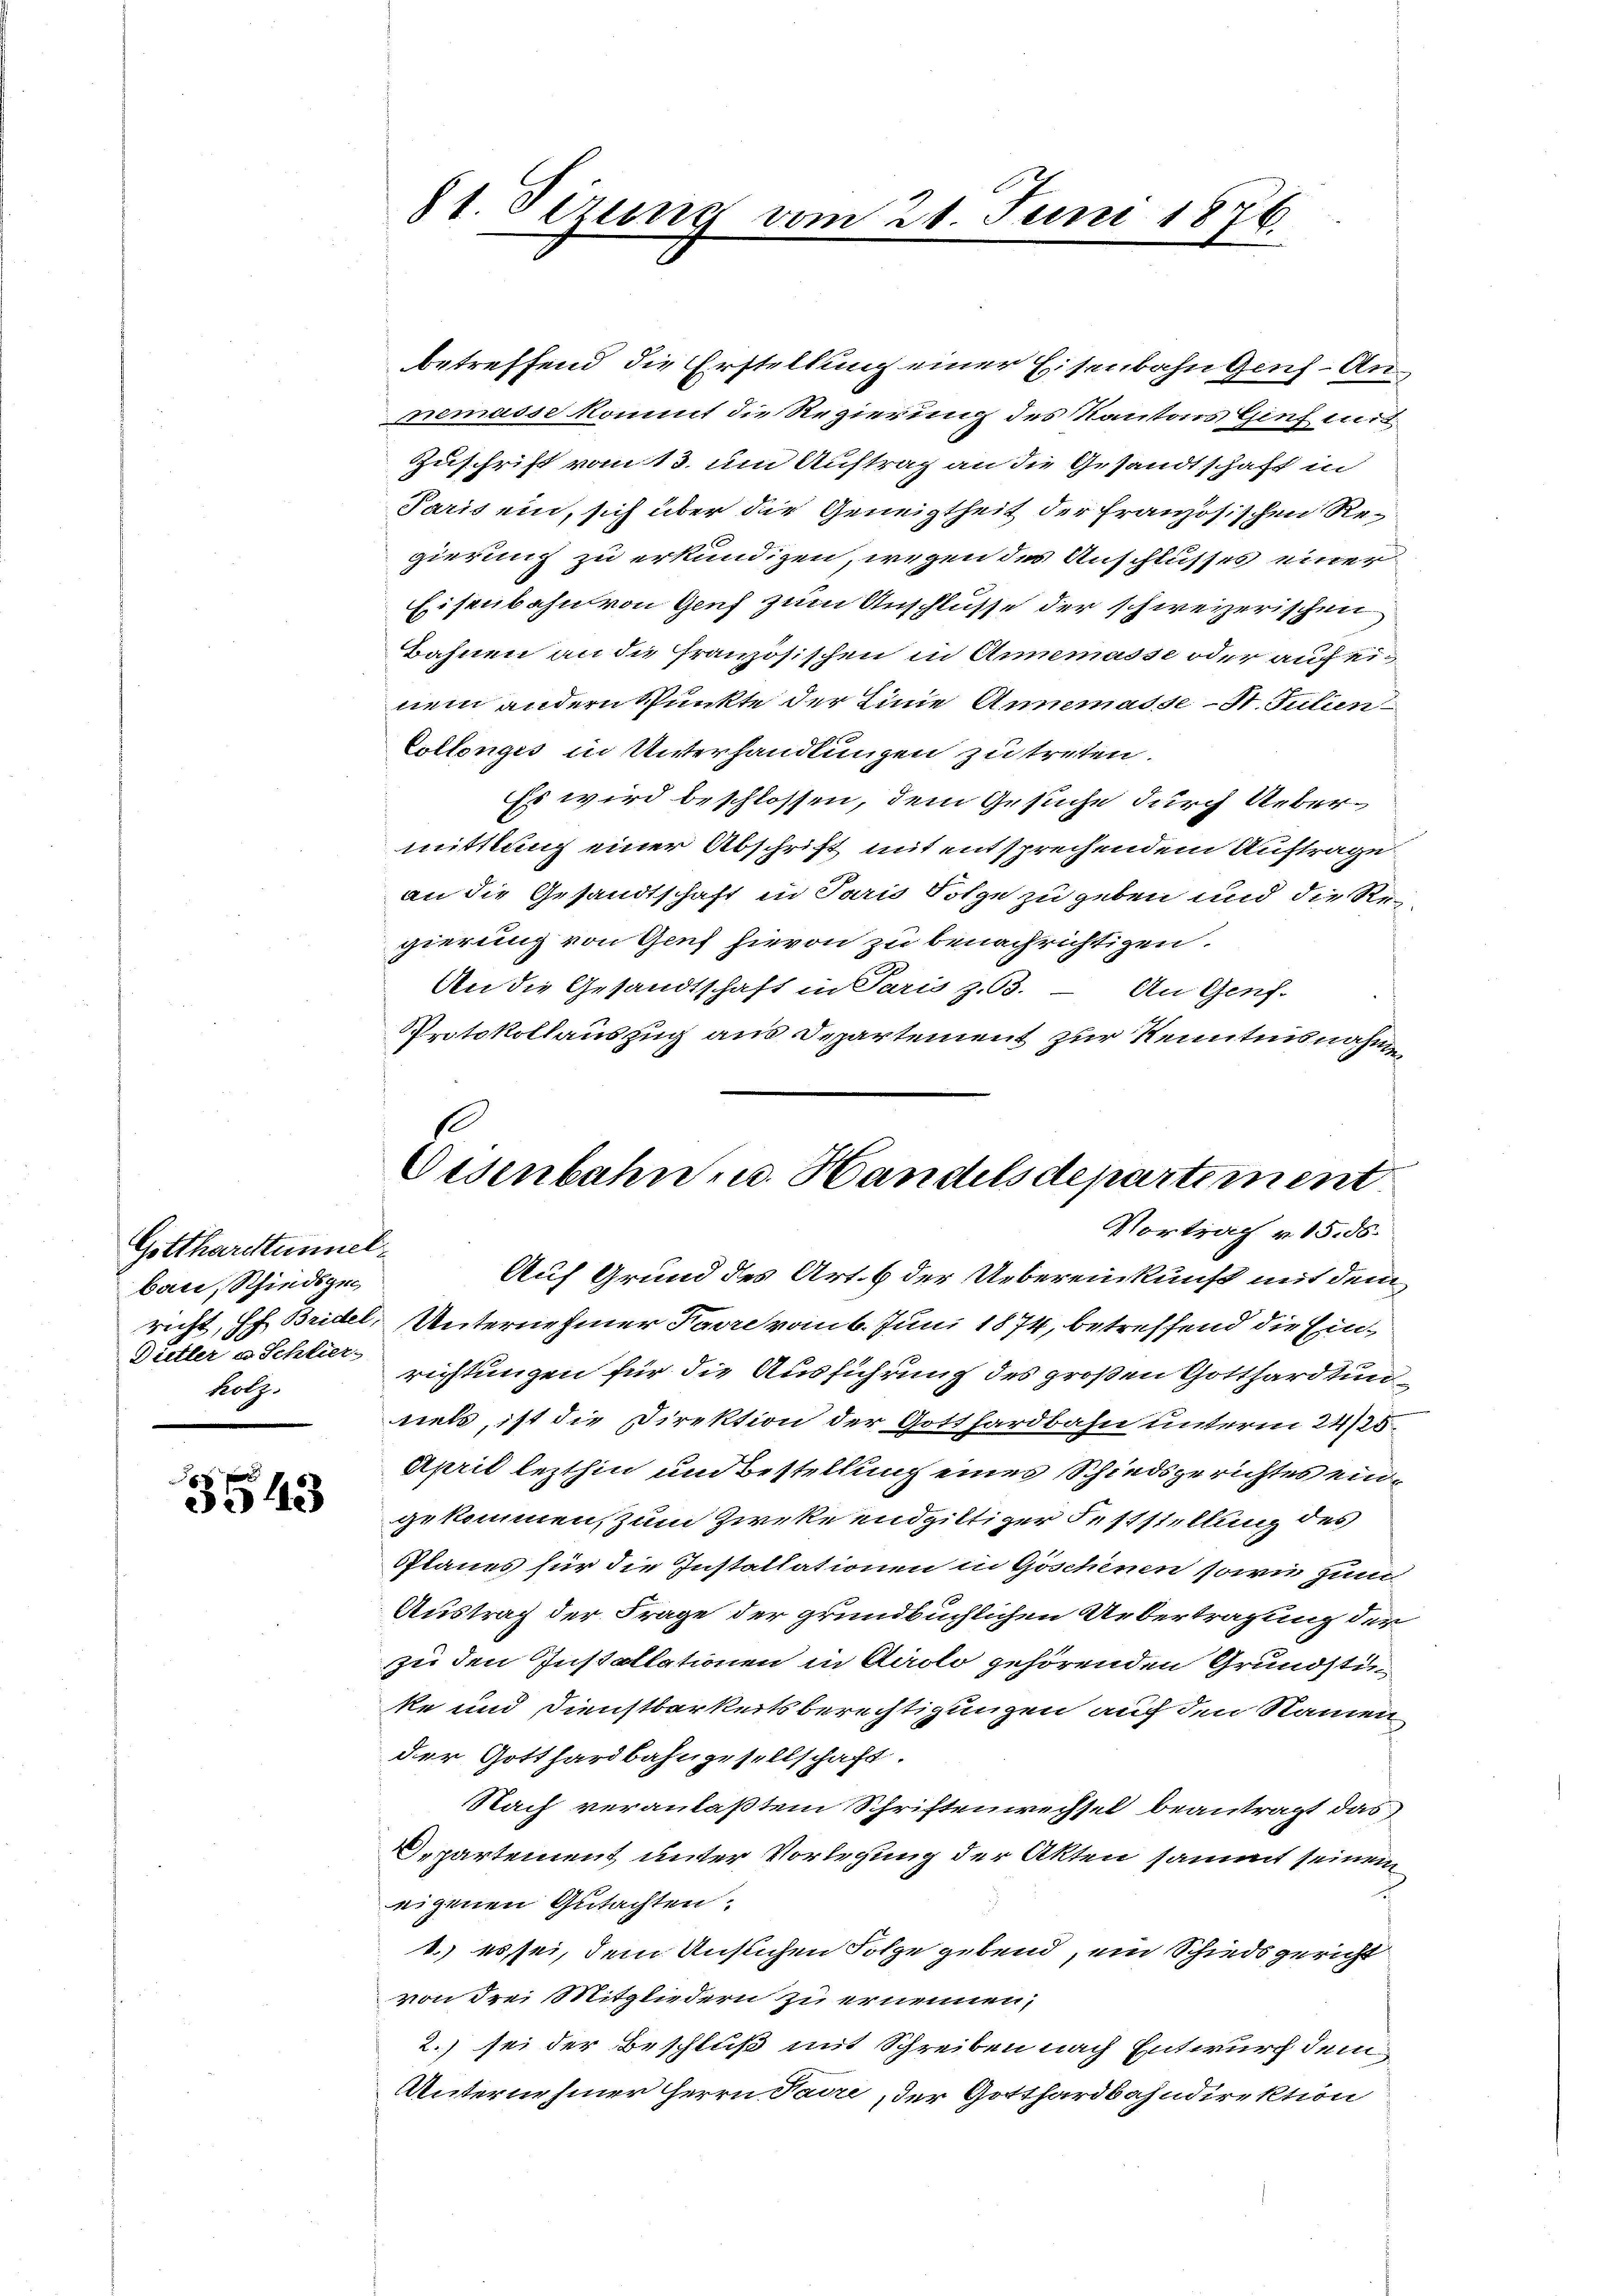
Gotthardtunnel
ban, Schiedsge
Dietler u. Schlier-
holz.

3543

betreffend die Erstellung einer Eisenbahn Genf-Annemasse kommt die Regierung des Kantors Genf mit
Zuschrift vom 13. um Auftrag an die Gesandtschaft in
Paris ein, sich über die Geneigtheit der französischen Regierung zu erkundigen, wegen des Anschlusses einer
Eisenbahn von Genf zum Anschlusse der schweizerischen
Bahnen an die französischen in Annemasse oder auf einem andern Spunkte der Linie Annemasse - St. Julien
Collenges in Unterhandlungen zu treten.
Es wird beschlossen, dem Gesuche durch Uebermittlung einer Abschrift mit entsprechendem Auftrage
an die Gesandtschaft in Paris Folge zu geben und die Regierung von Genf hievon zu benachrichtigen.
An die Gesandtschaft in Paris z. 63.
An Genf.
Protokollauszug aus Departement zur Kenntnisnahme

81. Dezung vom

24. Juni 1876.

Eisenbahn u. Handelsdepartement
Vortrag v. 15. 55.

Auf Grund des Art. 6 der Uebereinkunft mit dem
richt, Hch. Bridel, Unternehmer Favre vom 6. Juni 1874, betreffend die Einrichtungen für die Ausführung des großen Gotthardtun
nets, ist die Direktion der Gotthardbahn unterm 24/25
April lezthin und Bestellung eines Schiedsgerichtes eingekommen, zum Zweke endgiltiger Feststellung des
Planes für die Installationen in Göschenen sowie zum
Austrag der Frage der grundbüchlichen Uebertragung der
zu den Installationen in Airolo gehörenden Grundstü
ke und Dienstbarkeitsberechtigungen auf den Namen
der Gotthardbahngesellschaft.
Nach veranlaßtem Schriftenwechsel beantragt das
Departement unter Vorlegung der Akten sammt seinem
eigenen Gutachten:
1. es sei, dem Auslichen Folge gebend, ein Schiedsgericht
von drei Mitgliedern zu erinnen,
2.) sei der Beschluß mit Schreiben nach Entwurf dem
Unternehmer Herrn Padre, der Gotthardbahndirektion